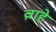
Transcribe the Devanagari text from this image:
व्राहे